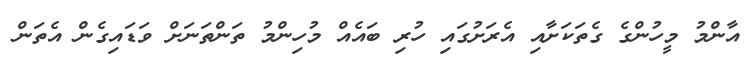
އާންމު މީހުންގެ ގެތަކަށާއި އެރަށުގައި ހުރި ބައެއް މުހިންމު ތަންތަނަށް ވަޑައިގެން އެތަން